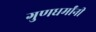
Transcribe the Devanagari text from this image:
गुणधर्मांनी